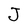
Character: J